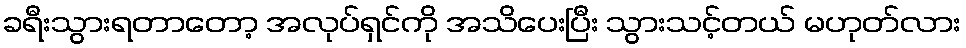
ခရီးသွားရတာတော့ အလုပ်ရှင်ကို အသိပေးပြီး သွားသင့်တယ် မဟုတ်လား